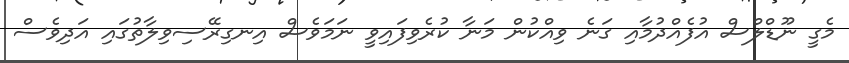
މެގީ ނޫޑްލްސް އުފެއްދުމާއި ގަނެ ވިއްކުން މަނާ ކުރެވިފައިވީ ނަމަވެސް އިނގިރޭސިވިލާތުގައި އަދިވެސް